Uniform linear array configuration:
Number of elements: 64
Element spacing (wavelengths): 0.75
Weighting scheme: uniform
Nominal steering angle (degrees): -15
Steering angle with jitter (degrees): -13.87
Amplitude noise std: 0.05
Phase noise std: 0.05

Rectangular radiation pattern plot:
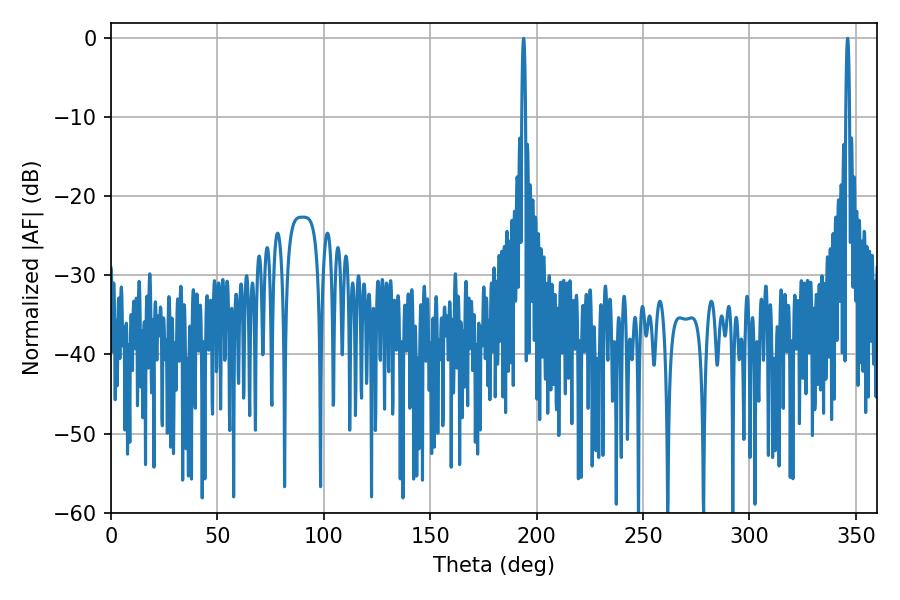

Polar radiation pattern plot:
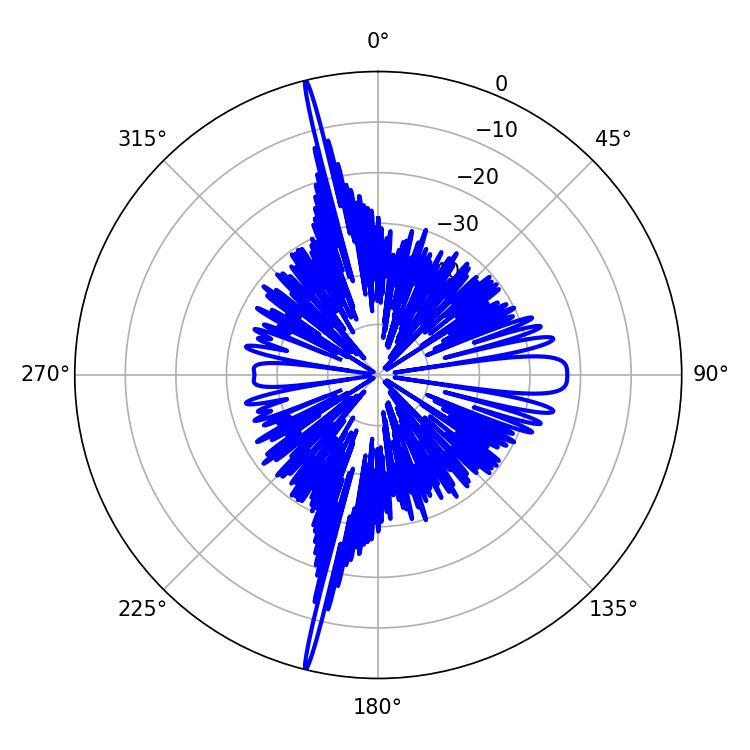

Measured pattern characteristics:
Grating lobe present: TRUE
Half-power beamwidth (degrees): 0.9
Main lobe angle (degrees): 346.14